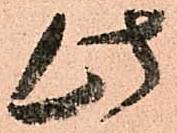
此